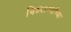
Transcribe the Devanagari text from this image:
विध्यार्थ्यांच्या